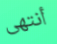
أنتهى